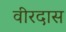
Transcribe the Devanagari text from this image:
वीरदास